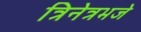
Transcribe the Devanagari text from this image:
त्रिनेत्रभजे